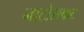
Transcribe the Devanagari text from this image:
नाटोसकट